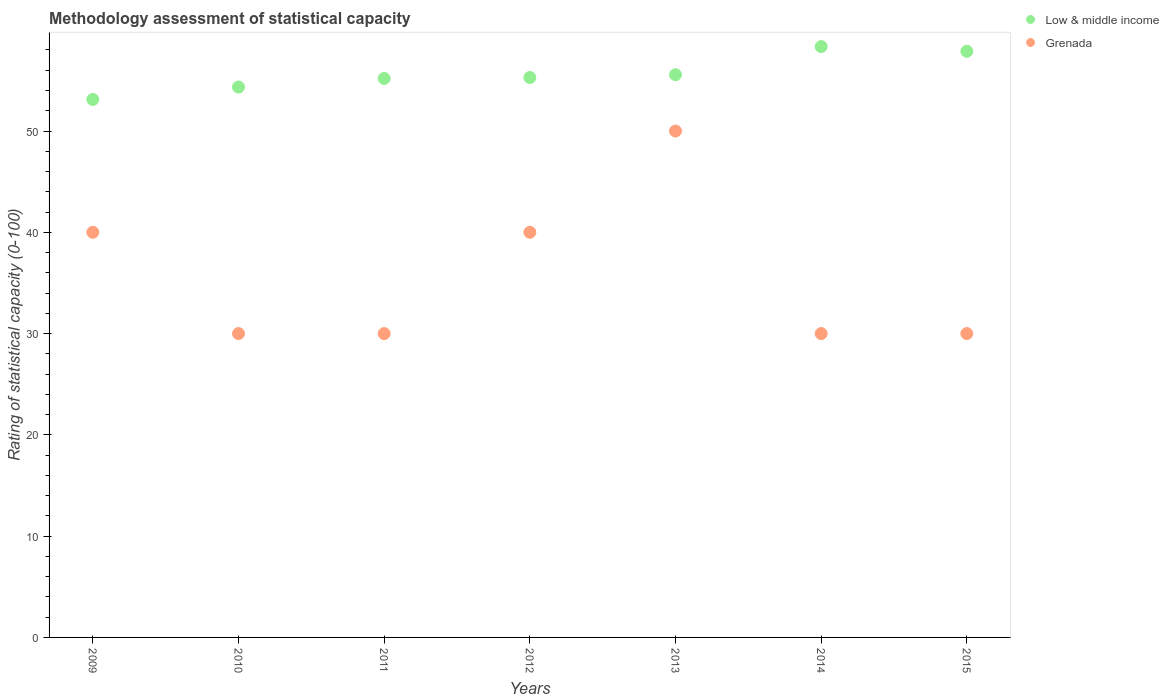
| Years | Low & middle income | Grenada |
 | --- | --- | --- |
 | 2009 | 53.1 | 40 |
 | 2010 | 54.3 | 30 |
 | 2011 | 55.2 | 30 |
 | 2012 | 55.3 | 40 |
 | 2013 | 55.6 | 50 |
 | 2014 | 58.3 | 30 |
 | 2015 | 57.9 | 30 |